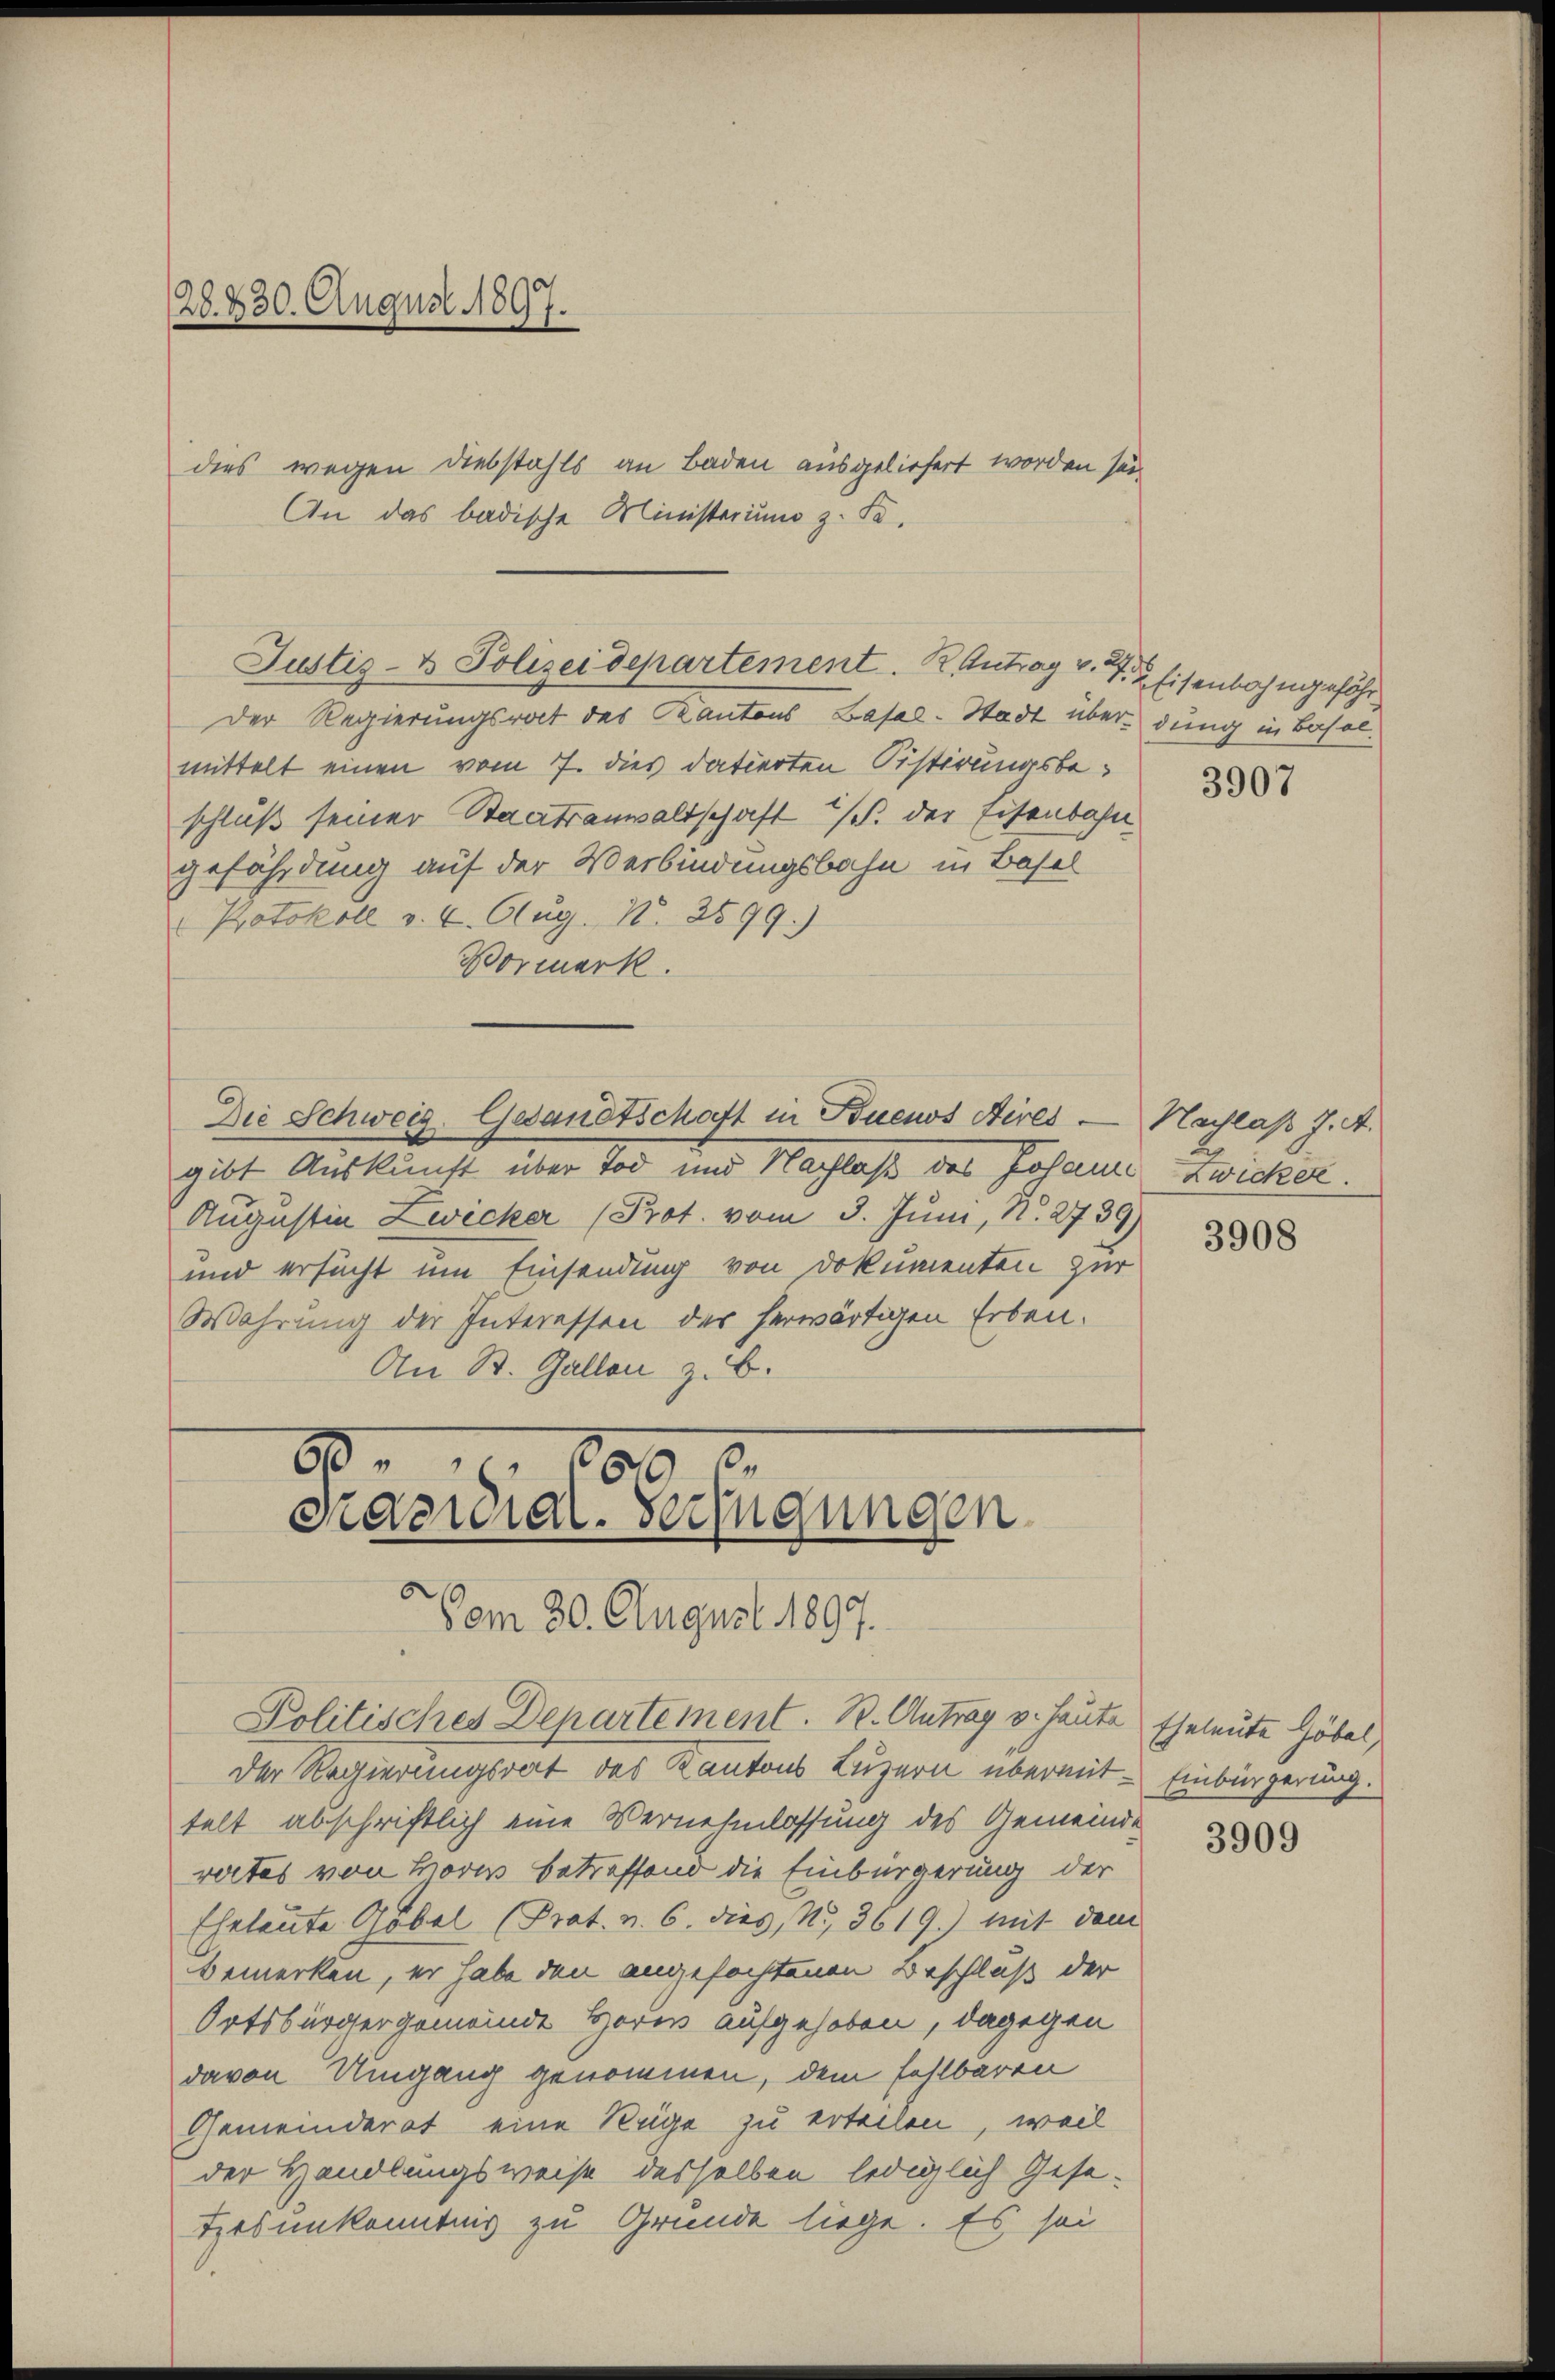
28. 230. August 1897.

dies wegen Diebstahls an Baden ausgeliefert worden sei,
An das badische Ministerium z. Fe¬

Justiz- & Polizeidepartement. K. Antrag v. J. Eisenbahngefähr

9.
Präsidial-Verfügungen
Vom 30. August 1897.
Politisches Departement. R. Antrag v. heute Eheleute Göbel,

Der Regierungsrat des Kantons Basel-Stadt über dung in Basel-
mittelt einen vom 7. dies datierten Sistirungsbeschluß seiner Staatsanwaltschaft /. der Eisenbahn
gefährdung auf der Verbindungsbahn in Basel
" Protokoll v. 4. Aug. N. 2599.)
Wormerk.
Die Schweiz. Gesandtschaft in Buenos Aires — Nachlaß J. A.
gibt Auskunft über Tod und Nachlaß des Johann Zwicker.
Augustin Zwicker (Prot. vom 3. Juni, N. 2739)
und ersucht um Einsendung von Dokumenten zur
Wahrung der Interessen des herwärtigen Erben.
An St. Gallen z. B.

189

Der Regierungsrat des Kantons Luzern übermit Einbürgerung.
telt abschriftlich eine Vernehmlassung des Gemeinde
rortes von Hori betreffend die Einbürgerung der
Eheleute Gobel (Prat. v. 6. dies, No. 3619.) mit dem
bemerken, er habe den angefochtenen Beschluß der
Ortsbürgergemeinde Horen aufgehoben, dagegen
davon Umgang genommen, dem fehlbaren
Gemeinderat eine Rüge zu erteilen, weil
der Handlungsweise desselben lediglich Gesetesunkenntnis zu Grunde liege. Es sei

3907

3908

3909